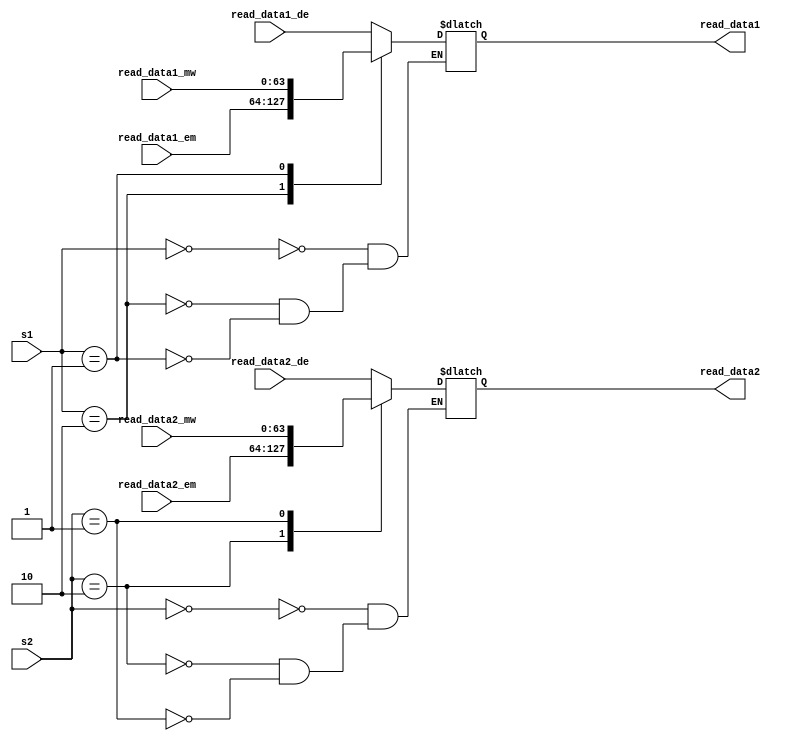
module exe_mux (
input [63:0] read_data1_de,
input [63:0] read_data2_de,
input [63:0] read_data1_mw,
input [63:0] read_data2_mw,
input [63:0] read_data1_em,
input [63:0] read_data2_em,
input [1:0] s1,
input [1:0] s2,
output [63:0] read_data1,
output [63:0] read_data2);

reg [63:0] rd1;
reg [63:0] rd2;

always @(*)
begin
	case(s1) 
	2'b00: rd1 = read_data1_de; 
	2'b10: rd1 = read_data1_em; 
	2'b01: rd1 = read_data1_mw;
	endcase
	
	case(s2) 
	2'b00: rd2 = read_data2_de; 
	2'b10: rd2 = read_data2_em; 
	2'b01: rd2 = read_data2_mw;
	endcase
end

assign read_data1 = rd1; 
assign read_data2 = rd2;

endmodule